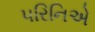
પરિનિએ